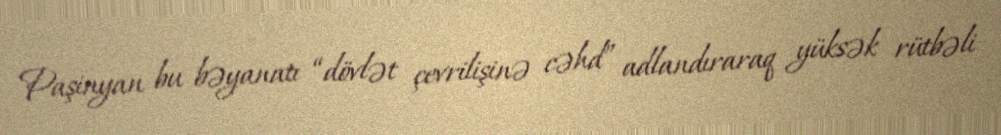
Paşinyan bu bəyanatı “dövlət çevrilişinə cəhd” adlandıraraq yüksək rütbəli